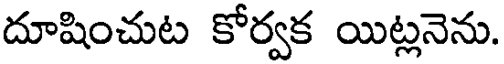
దూషించుట కోర్వక యిట్లనెను.